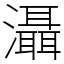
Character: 灄